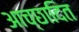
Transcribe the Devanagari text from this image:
आच्‍छादित